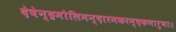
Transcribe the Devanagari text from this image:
देवेन्द्रमौलिमन्दारमकरन्दकणारुणाः।